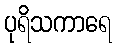
ပုရိသကာရေ